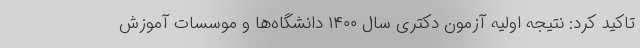
تاکید کرد: نتیجه اولیه آزمون دکتری سال ۱۴۰۰ دانشگاه‌ها و موسسات آموزش